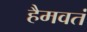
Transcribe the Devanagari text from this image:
हैमवतं